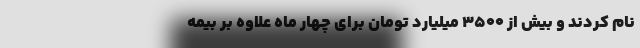
نام کردند و بیش از ۳۵۰۰ میلیارد تومان برای چهار ماه علاوه بر بیمه